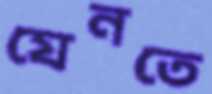
যেনতে